Report on the working of the Ranchi Indian Mental Hospital, Kanke, in Bihar and Orissa - 1930-1940
Year: 1930
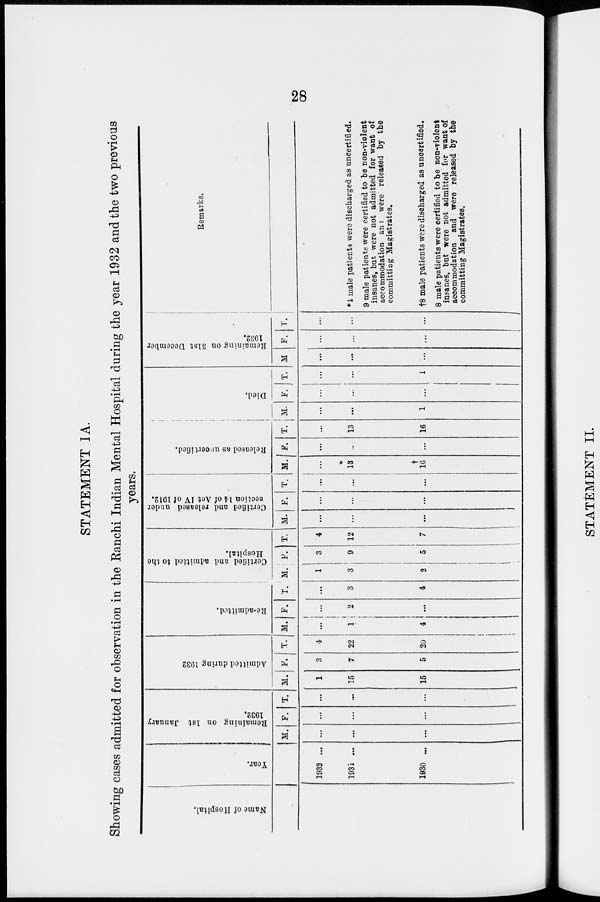
28
STATEMENT IA.
Showing cases admitted for observation in the Ranchi Indian Mental Hospital during the year 1932 and the two previous
years.
Name of Hospital.
Year.
1932 ...
1931 ...
1930 ...
Remaining
on 1st January
1932.
M.
...
...
...
F.
...
...
...
T.
...
...
...
Admitted during 1932
M.
1
15
15
F.
3
7
5
T.
4
22
20
Re-admitted.
M.
...
1
4
F.
...
2
...
T.
...
3
4
Certified and admitted to the
Hospital.
M.
1
3
2
F.
3
9
5
T.
4
12
7
Certified and released under
section 14 of Act IV of 1912.
M.
...
...
...
F.
...
...
...
T.
...
...
...
Released as uncertified.
M.
...
*
13
†
16
F.
...
...
...
T.
...
13
16
Died.
M.
...
...
1
F.
...
...
...
T.
...
...
1
Remaining on 31st December
1932.
M
...
...
...
F.
...
...
...
T.
...
...
...
Remarks.
*4 male patients were discharged as uncertified.
9 male patients were certified to be non-violent
insanes, but were not admitted for want of
accommodation and were released by the
committing Magistrates.
†8 male patients were discharged as uncertified.
8 male patients were certified to be non-violent
insanes, bat were not admitted for want of
accommodation and were released by the
committing Magistrates.